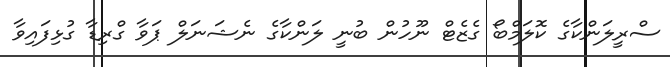
ސްރީލަންކާގެ ކޮލަމްބޯ ގެޒެޓް ނޫހުން ބުނީ ލަންކާގެ ނެޝަނަލް ޕަވާ ގްރިޑާ ގުޅިފައިވާ